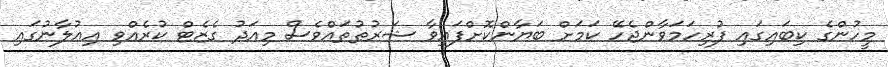
މީހުންގެ ކިބައިގައި ފުރިހަމަވާންޖެހޭ ކަމަށް ބަޔާންކޮށްފައިވާ ޝަރުޠުތައްވެސް މިއަދު ގެޒެޓް ކުރެއްވި އިޢުލާނުގައި